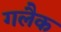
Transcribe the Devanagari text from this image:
गलैक